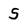
Character: 5